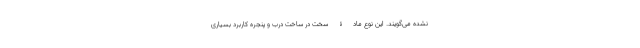
نشده می‌گویند. این نوع مادۀ سخت در ساخت درب و پنجره کاربرد بسیاری